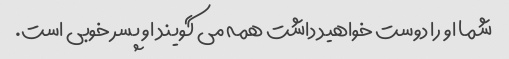
شما او را دوست خواهید داشت همه می گویند او پسر خوبی است.